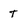
Character: t